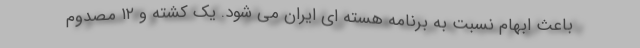
باعث ابهام نسبت به برنامه هسته ای ایران می شود. یک کشته و ۱۲ مصدوم